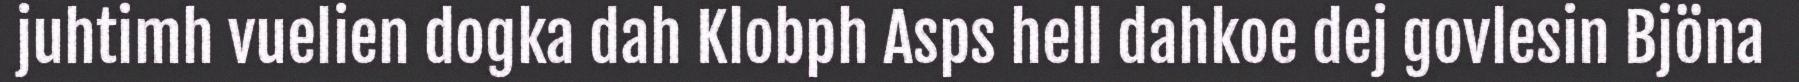
juhtimh vuelien dogka dah Klobph Asps hell dahkoe dej govlesin Bjöna